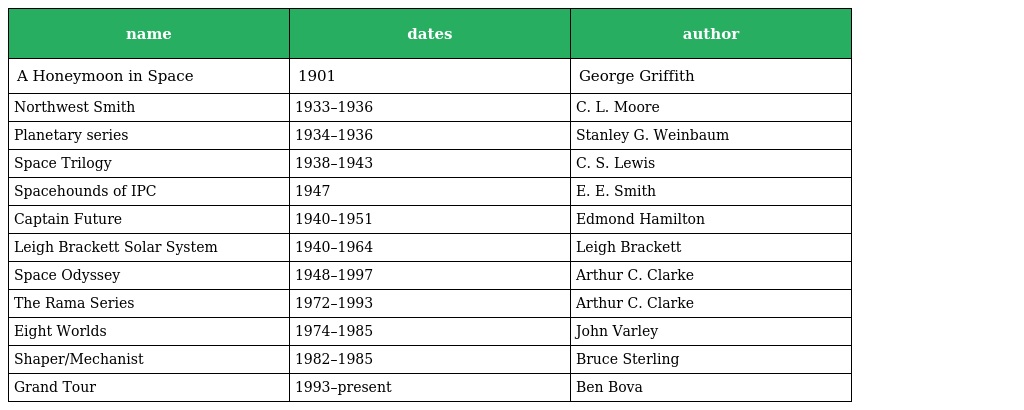
| name | dates | author |
 | --- | --- | --- |
 | A Honeymoon in Space | 1901 | George Griffith |
 | Northwest Smith | 1933–1936 | C. L. Moore |
 | Planetary series | 1934–1936 | Stanley G. Weinbaum |
 | Space Trilogy | 1938–1943 | C. S. Lewis |
 | Spacehounds of IPC | 1947 | E. E. Smith |
 | Captain Future | 1940–1951 | Edmond Hamilton |
 | Leigh Brackett Solar System | 1940–1964 | Leigh Brackett |
 | Space Odyssey | 1948–1997 | Arthur C. Clarke |
 | The Rama Series | 1972–1993 | Arthur C. Clarke |
 | Eight Worlds | 1974–1985 | John Varley |
 | Shaper/Mechanist | 1982–1985 | Bruce Sterling |
 | Grand Tour | 1993–present | Ben Bova |